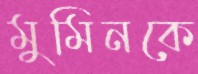
মুমিনকে